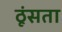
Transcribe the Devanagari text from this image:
ठूंसता